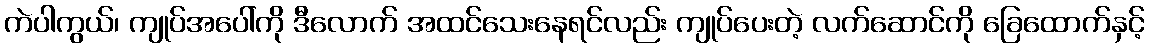
ကဲပါကွယ်၊ ကျုပ်အပေါ်ကို ဒီလောက် အထင်သေးနေရင်လည်း ကျုပ်ပေးတဲ့ လက်ဆောင်ကို ခြေထောက်နှင့်